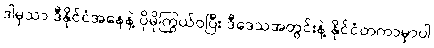
ဒါမှသာ ဒီနိုင်ငံအနေနဲ့ ပိုမိုကြွယ်ဝပြီး ဒီဒေသအတွင်းနဲ့ နိုင်ငံတကာမှာပါ